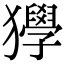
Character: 𤣌